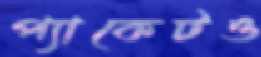
প্যাকেটও